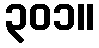
၃၀၁။